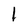
Character: I